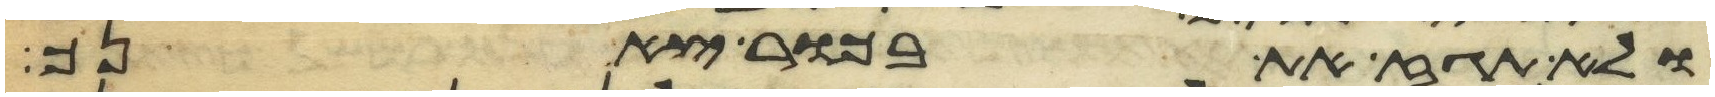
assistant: ולא תגז את בכור צאנך